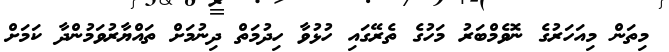
މިތަން މިއަހަރުގެ ނޮވެމްބަރު މަހުގެ ތެރޭގައި ހުޅުވާ ހިދުމަތް ދިނުމަށް ތައްޔާރުވަމުންދާ ކަމަށް